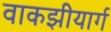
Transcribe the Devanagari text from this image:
वाकझीयार्ग